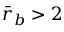
\bar { r } _ { b } > 2